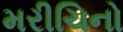
મરીચિનો